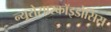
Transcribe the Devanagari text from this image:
न्यूरोसारकॉइडोसिस